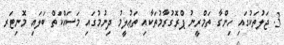
3. ޖަލުތަކުގައި ހިންގާ ތަމްރީނު ޕްރޮގުރާމުތަކާއި ތަޢުލީމު ދިނުމުގައި މަސައްކަތް ބަލައި މޮނިޓަރ